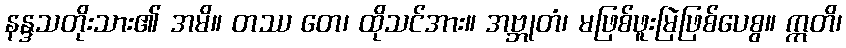
နန္ဒသတိုးသား၏ အမိ။ တဿ တေ၊ ထိုသင်အား။ အဗ္ဘုတံ၊ မဖြစ်ဖူးမြဲဖြစ်ပေစွ။ ဣတိ၊